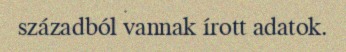
századból vannak írott adatok.